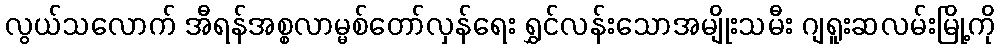
လွယ်သလောက် အီရန်အစ္စလာမ္မစ်တော်လှန်ရေး ရွှင်လန်းသောအမျိုးသမီး ဂျရူးဆလမ်းမြို့ကို